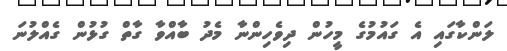
ލަންކާގައި އެ ގައުމުގެ މީހުން ދިވެހިންނާ މެދު ބާއްވާ ގާތް ގުޅުން ގެއްލުނަ